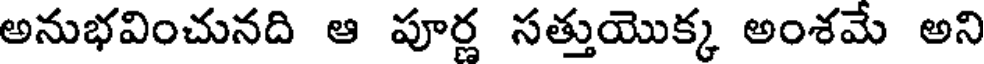
అనుభవించునది ఆ పూర్ణ సత్తుయొక్క అంశమే అని